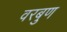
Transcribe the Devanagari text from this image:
वरबुण